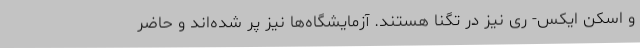
و اسکن ایکس- ری نیز در تگنا هستند. آزمایشگاه‌ها نیز پر شده‌اند و حاضر